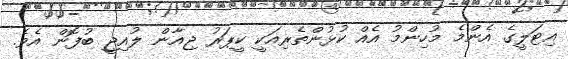
އިޓަލީގެ އެންމެ މުހިންމު އެއް ކުޅުންތެރިއަކީ ކީޕަރު ޖިއާން ލުއިޖީ ބުފޮން އެވެ.